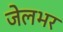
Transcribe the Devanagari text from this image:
जेलभर